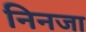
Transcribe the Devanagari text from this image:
निनजा